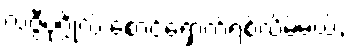
လဇ္ဇီပုဂ္ဂိုလ် စောင့်ရှောက်ရစ်လိမ့်မယ်,